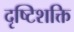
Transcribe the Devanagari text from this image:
दृष्टिशक्ति